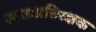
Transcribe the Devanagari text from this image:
स्वतःप्रतिरक्षक